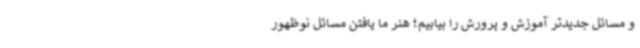
و مسائل جدیدتر آموزش و پرورش را بیابیم؛ هنر ما یافتن مسائل نوظهور